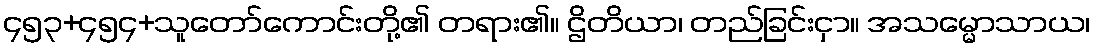
၄၅၃+၄၅၄+သူတော်ကောင်းတို့၏ တရား၏။ ဌိတိယာ၊ တည်ခြင်းငှာ။ အသမ္မောသာယ၊